Alphabetical list of drugs, medicines and other preparations free from, and containing, spirit compiled from the results of tests made by the customs houses at Calcutta, Bombay, and Madras
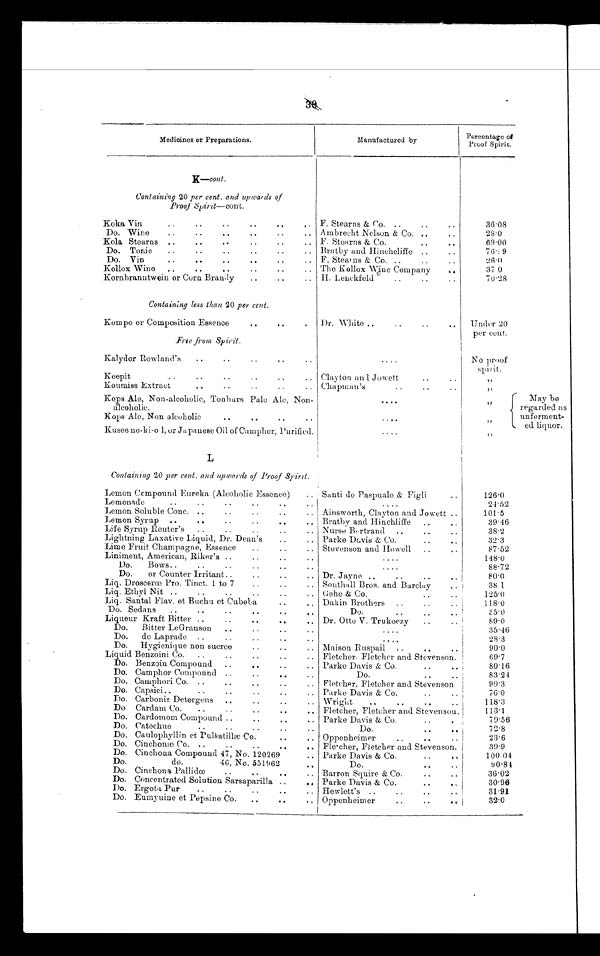
Medicines or Preparations.
Manufactured by
Percentage of
Proof Spirit.
K--cont.
Containing 20 per cent. and upwards of
Proof Spirit— cont .
Koka Vin
..
..
..
..
. 0
. ,
F. Stearns & Co. ..
..
..
36.08
Do. Wine
..
..
. .
. .
..
Ambrecht Nelson & Co. ..
..
2 8
.
0
Kola Stearns ..
..
.-
..
.. F. Stearns & Co.
..
. .
6 9 . 0 0
Do. Tonic
..
..
..
.. Bratby and Hinchcliffe ..
76.9
Do. Vin
..
. .
..
..
..
.. F. Stearns & Co. ..
..
..
2 6
.
0
Kollox Wine , ,
. . .. ..
The Kollox Wine Company
,, .
370
Kornbranntwein or Corn Brandy
..
..
.. H. Lenckfeld
..
..
70.28
Containing less than 20 per cent.
Kompo or Composition Essence
..
..
, Dr. White ..
..
..
. . Under 20
per cent.
Free from Spirit.
Kalydor Rowland's
..
..
..
..
. .
. .
.
.
No proof
spirit.
Keepit
..
..
..
..
.. Clayton and Jowett
..
..
, ,
Kouniiss Extract
..
..
..
..
.. Chapman's
..
..
..
, ,
Bops Ale, Non-alcoholic, Tonburs Pale Ale, Non-
alcoholic.
. .
.
.
7!
Kops Ale, Non alcoholic
. .
. .
..
..
. .
.
.
, ,
Kusee no-ki-o l, or Japanese Oil of Camphor, Purified.
....
, ,
L
containing 2 0 per cent. and upwards of Proof Spirit.
May be
regarded as
unferment-
-ed liquor.
Lemon Compound Eureka (Alcoholic Essence)
.. Santi de Paspuale & Figli
..
126.0
Lemonade
..
..
..
..
..
..
....
2.1.52
Lemon Soluble Conc. ..
..
..
.. Ainsworth, Clayton and Jowett ..
101.5
Lemon Syrup ..
..
..
..
..
.. Bratby and Hinchliffe
..
..
3 9 . 4 6
Life Syrup Reuter's ..
..
..
Nurse Bertrand ..
..
3 8 . 2
Lightning Laxative Liquid, Dr. Dean's
..
.. Parke Davis & Co.
..
.. I
3 2 . 3
Lime Fruit Champagne, Essence
..
..
Stevenson and Howell
..
8 7 . 5 2
Liniment, American, Riker's ..
..
..
..
....
148.0
Do.
Bows..
..
..
..
..
..
....
88. 7 2
Do.
or Counter Irritant..
..
..
.. Dr. Jayne ..
..
..
..
80.0
Liq. Droscerœ Pro. Tinct. 1 to 7
..
..
.. Southall Bros. and Barclay
.. .
38 1
Liq. Ethyl Nit ..
..
..
..
..
.. Gehe & Co.
..
..
1 2 5 0 . 0
Lig. Santal Flav. et Buchu et Cubeba
.. Dakih Brothers ..
..
118. 0
: :
Do. Sedans
..
..
_ .
. .
..
Do.
..
..
.. /
35. 0
Liqueur Kraft Bitter ..
..
.. Dr. Otto V. Trukoezy
..
89.0
Do.
Bitter LeGranson ..
..
..
..
....
35.46
Do.
de Laprade ..
..
..
..
..
....
28.3
Do.
Hygienique non sucree
..
..
.. Maison Ruspail ..
..
e .
90.0
Liquid Benzoini Co.
..
..
..
..
.. Fletcher. Fletcher and Stevenson.
69.7
Do. Benzoin Compound ..
. .
..
.. Parke Davis & Co.
..
. .
80.16
Do. Camphor Compound ..
. .
..
Do.
..
..
83.24
Do. Camphori Co. ..
. .
. .
. .
. . Fletcher, Fletcher and Stevenson
9 0 . 3
Do. Capsici..
..
..
..
..
, . Parke Davis & Co.
..
..
76.0
Do. Carbonis Detergens
. .
. .
. .
. . Wright
..
. .
. .
118.3
Do. Cardam Co.
..
..
..
..
.. Fletcher, Fletcher and Stevenson.
113.1
Do. Cardomom Compound ..
..
. .
.. Parke Davis & Co.
..
.
79.56
Do. Catechue
..
..
..
..
Do.
..
..
72.8
Do. Caulophyllin et Pulsatillæ Co... ..
Oppenheimer
..
..
..
23.6
Do. Cinchonæ Co. ..
..
..
. .
. .
Fletcher, Fletcher and Stevenson.
39.9
Do. Cinchona Compound 47, No. 120269
.. Parke Davis & Co.
..
, ,
100.04
Do.
do.
46, No. 5 5 1 9 6 2
Do.
..
..
90.81
. .
Do. Cinchona Pallidœ
..
..
..
.. Barron Squire & Co.
..
..
3 6 . 0 8
Do. Concentrated Solution Sarsaparilla ..
. . Parke Davis & Co.
..
. ,
30.96
Do. Ergota Pur
..
..
..
..
.. Hewlett's ..
..
..
..
31..91
Do. Eumyuine et Pepsine Co.
..
.. Oppenheimer
..
..
3 2 . 0